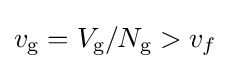
v_{\text{g}}=V_{\text{g}}/N_{\text{g}}>v_{f}